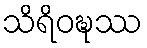
သိရိဝဍ္ဎဿ